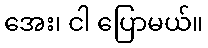
အေး၊ ငါ ပြောမယ်။